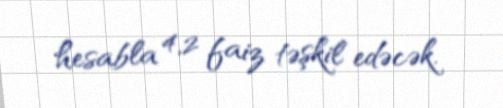
hesabla 4,2 faiz təşkil edəcək.